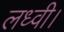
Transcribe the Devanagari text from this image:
लध्वी।